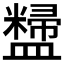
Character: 𪾚